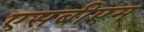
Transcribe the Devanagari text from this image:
एसबीएम